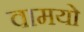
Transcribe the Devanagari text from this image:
वामयो